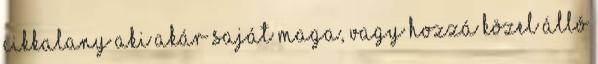
cikkalany aki akár saját maga, vagy hozzá közel álló